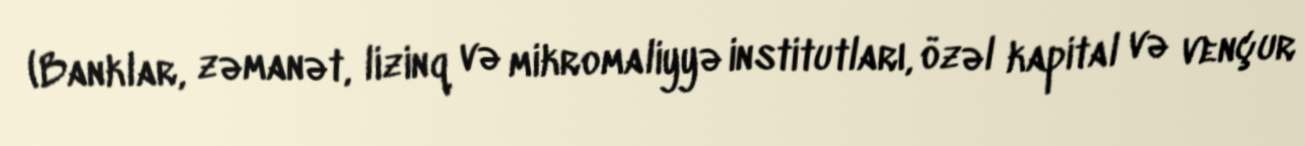
(Banklar, zəmanət, lizinq və mikromaliyyə institutları, özəl kapital və vençur